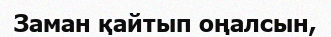
Заман қайтып оңалсын,